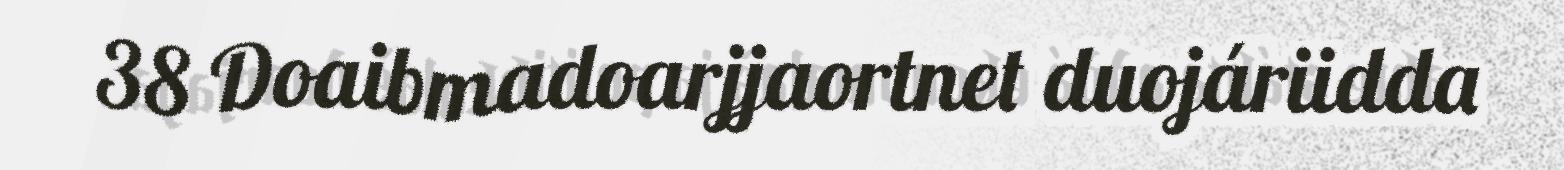
38 Doaibmadoarjjaortnet duojáriidda